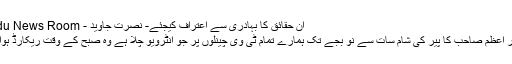
ان حقائق کا بہادری سے اعتراف کیجئے- نصرت جاوید - Urdu News Room
وزیر اعظم صاحب کا پیر کی شام سات سے نو بجے تک ہمارے تمام ٹی وی چینلوں پر جو انٹرویو چلا ہے وہ صبح کے وقت ریکارڈ ہوا تھا۔